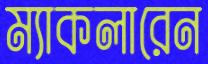
ম্যাকলারেন